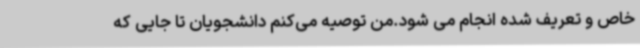
خاص و تعریف شده انجام می شود.من توصیه می‌کنم دانشجویان تا جایی که